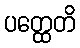
ပတ္ထေတိ